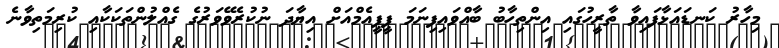
މިހާރު ކަނޑައަޅާފައިވާ ތާރީހުގައި އިންތިހާބު ބާއްވައިފިނަމަ ޕީޕީއެމްއަށް އިޔާދަ ނުކުރެވޭވަރުގެ ގެއްލުންތަކަކާއި ކުރިމަތިވާނެ